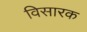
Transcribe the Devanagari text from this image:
विसारक